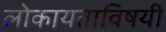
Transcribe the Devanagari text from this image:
लोकायताविषयी